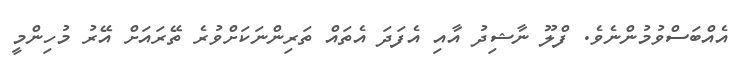
އެއްބަސްވުމުންނެވެ. ފްލޫ ނާޝިދު އާއި އެފަދަ އެތައް ތަރިންނަކަށްވުރެ ތޭރައަށް އޭރު މުހިންމީ